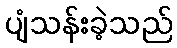
ပျံသန်းခဲ့သည်